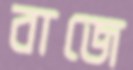
বাজে